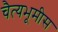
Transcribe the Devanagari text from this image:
चैत्यभूमीस